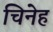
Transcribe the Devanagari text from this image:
चिनेह